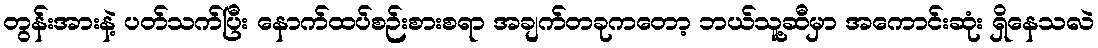
တွန်းအားနဲ့ ပတ်သက်ပြီး နောက်ထပ်စဉ်းစားစရာ အချက်တခုကတော့ ဘယ်သူ့ဆီမှာ အကောင်းဆုံး ရှိနေသလဲ